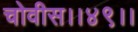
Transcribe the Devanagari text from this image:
चोवीस।।४९।।